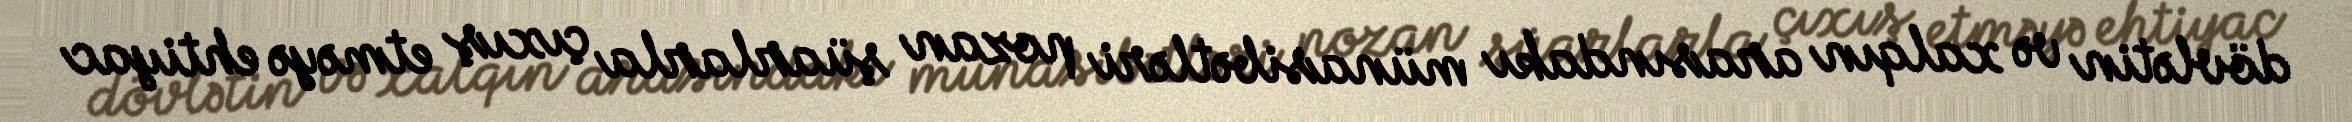
dövlətin və xalqın arasındakı münasibətləri pozan şüarlarla çıxış etməyə ehtiyac